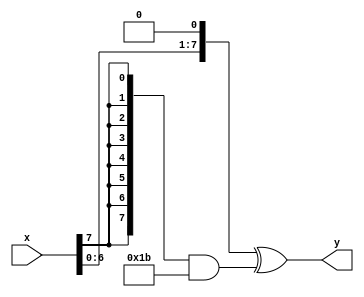

// Perform the xtime operation of AES
module xtime
(
    input [7:0] x,
    output [7:0] y
);
wire b7 = x[7];
wire [7:0] xshifted = {x[6:0],1'b0};
wire [7:0] cst_0x1b = 8'h1b;
wire [7:0] masked_0x1b = {8{b7}} & cst_0x1b;
assign y = xshifted ^ masked_0x1b;
endmodule

// For a given value over GF(256), compute the results of the 
// multipliction with 02 and 03 (used in MC)
module MC_mul
(
    input [7:0] v,
    output [7:0] vx2,
    output [7:0] vx3
);
xtime X2_inst(
    .x(v),
    .y(vx2)
);
assign vx3 = vx2 ^ v;
endmodule


// Perform the MC for a single column
module MC_single_column(
    input [7:0] in0,
    input [7:0] in1,
    input [7:0] in2,
    input [7:0] in3,
    output [7:0] out0,
    output [7:0] out1,
    output [7:0] out2,
    output [7:0] out3
);
wire [7:0] inX2 [3:0];
wire [7:0] inX3 [3:0];
MC_mul muli0(.v(in0),.vx2(inX2[0]),.vx3(inX3[0]));
MC_mul muli1(.v(in1),.vx2(inX2[1]),.vx3(inX3[1]));
MC_mul muli2(.v(in2),.vx2(inX2[2]),.vx3(inX3[2]));
MC_mul muli3(.v(in3),.vx2(inX2[3]),.vx3(inX3[3]));

assign out0 = inX2[0] ^ inX3[1] ^ in2 ^ in3;
assign out1 = in0 ^ inX2[1] ^ inX3[2] ^ in3;
assign out2 = in0 ^ in1 ^ inX2[2] ^ inX3[3];
assign out3 = inX3[0] ^ in1 ^ in2 ^ inX2[3];

endmodule

// Perform the MC for the full state
module MC_umsk(
    input [127:0] state_in,
    output [127:0] state_out
);

// Byte representation
wire [7:0] state_in_bytes [15:0];
wire [7:0] state_out_bytes [15:0];
genvar i;
generate
for(i=0; i<16;i=i+1) begin: state_byte
    assign state_in_bytes[i] = state_in[8*i +: 8];
    assign state_out[8*i +: 8] = state_out_bytes[i];
end
endgenerate

// Apply MC on every columns
generate
for(i=0;i<4;i=i+1) begin: colMC
    MC_single_column MC_mod(
        .in0(state_in_bytes[0+4*i]),
        .in1(state_in_bytes[1+4*i]),
        .in2(state_in_bytes[2+4*i]),
        .in3(state_in_bytes[3+4*i]),
        .out0(state_out_bytes[0+4*i]),
        .out1(state_out_bytes[1+4*i]),
        .out2(state_out_bytes[2+4*i]),
        .out3(state_out_bytes[3+4*i])
    );
end
endgenerate


endmodule